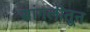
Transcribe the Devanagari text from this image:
सांगलीतून